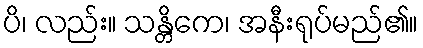
ပိ၊ လည်း။ သန္တိကေ၊ အနီးရုပ်မည်၏။